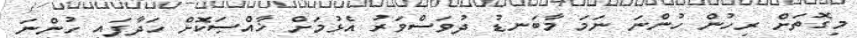
މިގޮތަށް ރިހުން ހުންނަ ނަމަ މާބަނޑު ދުވަސްވަރު އެޅުމަށް ޚާއްޞަކޮށް ހަދާފައި ހުންނަ